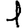
Digit: 1